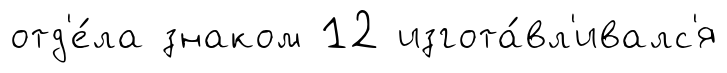
отд'е́ла знаком 12 изгота́вл'ивалс'я